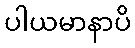
ပါယမာနာပိ